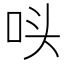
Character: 𭇚